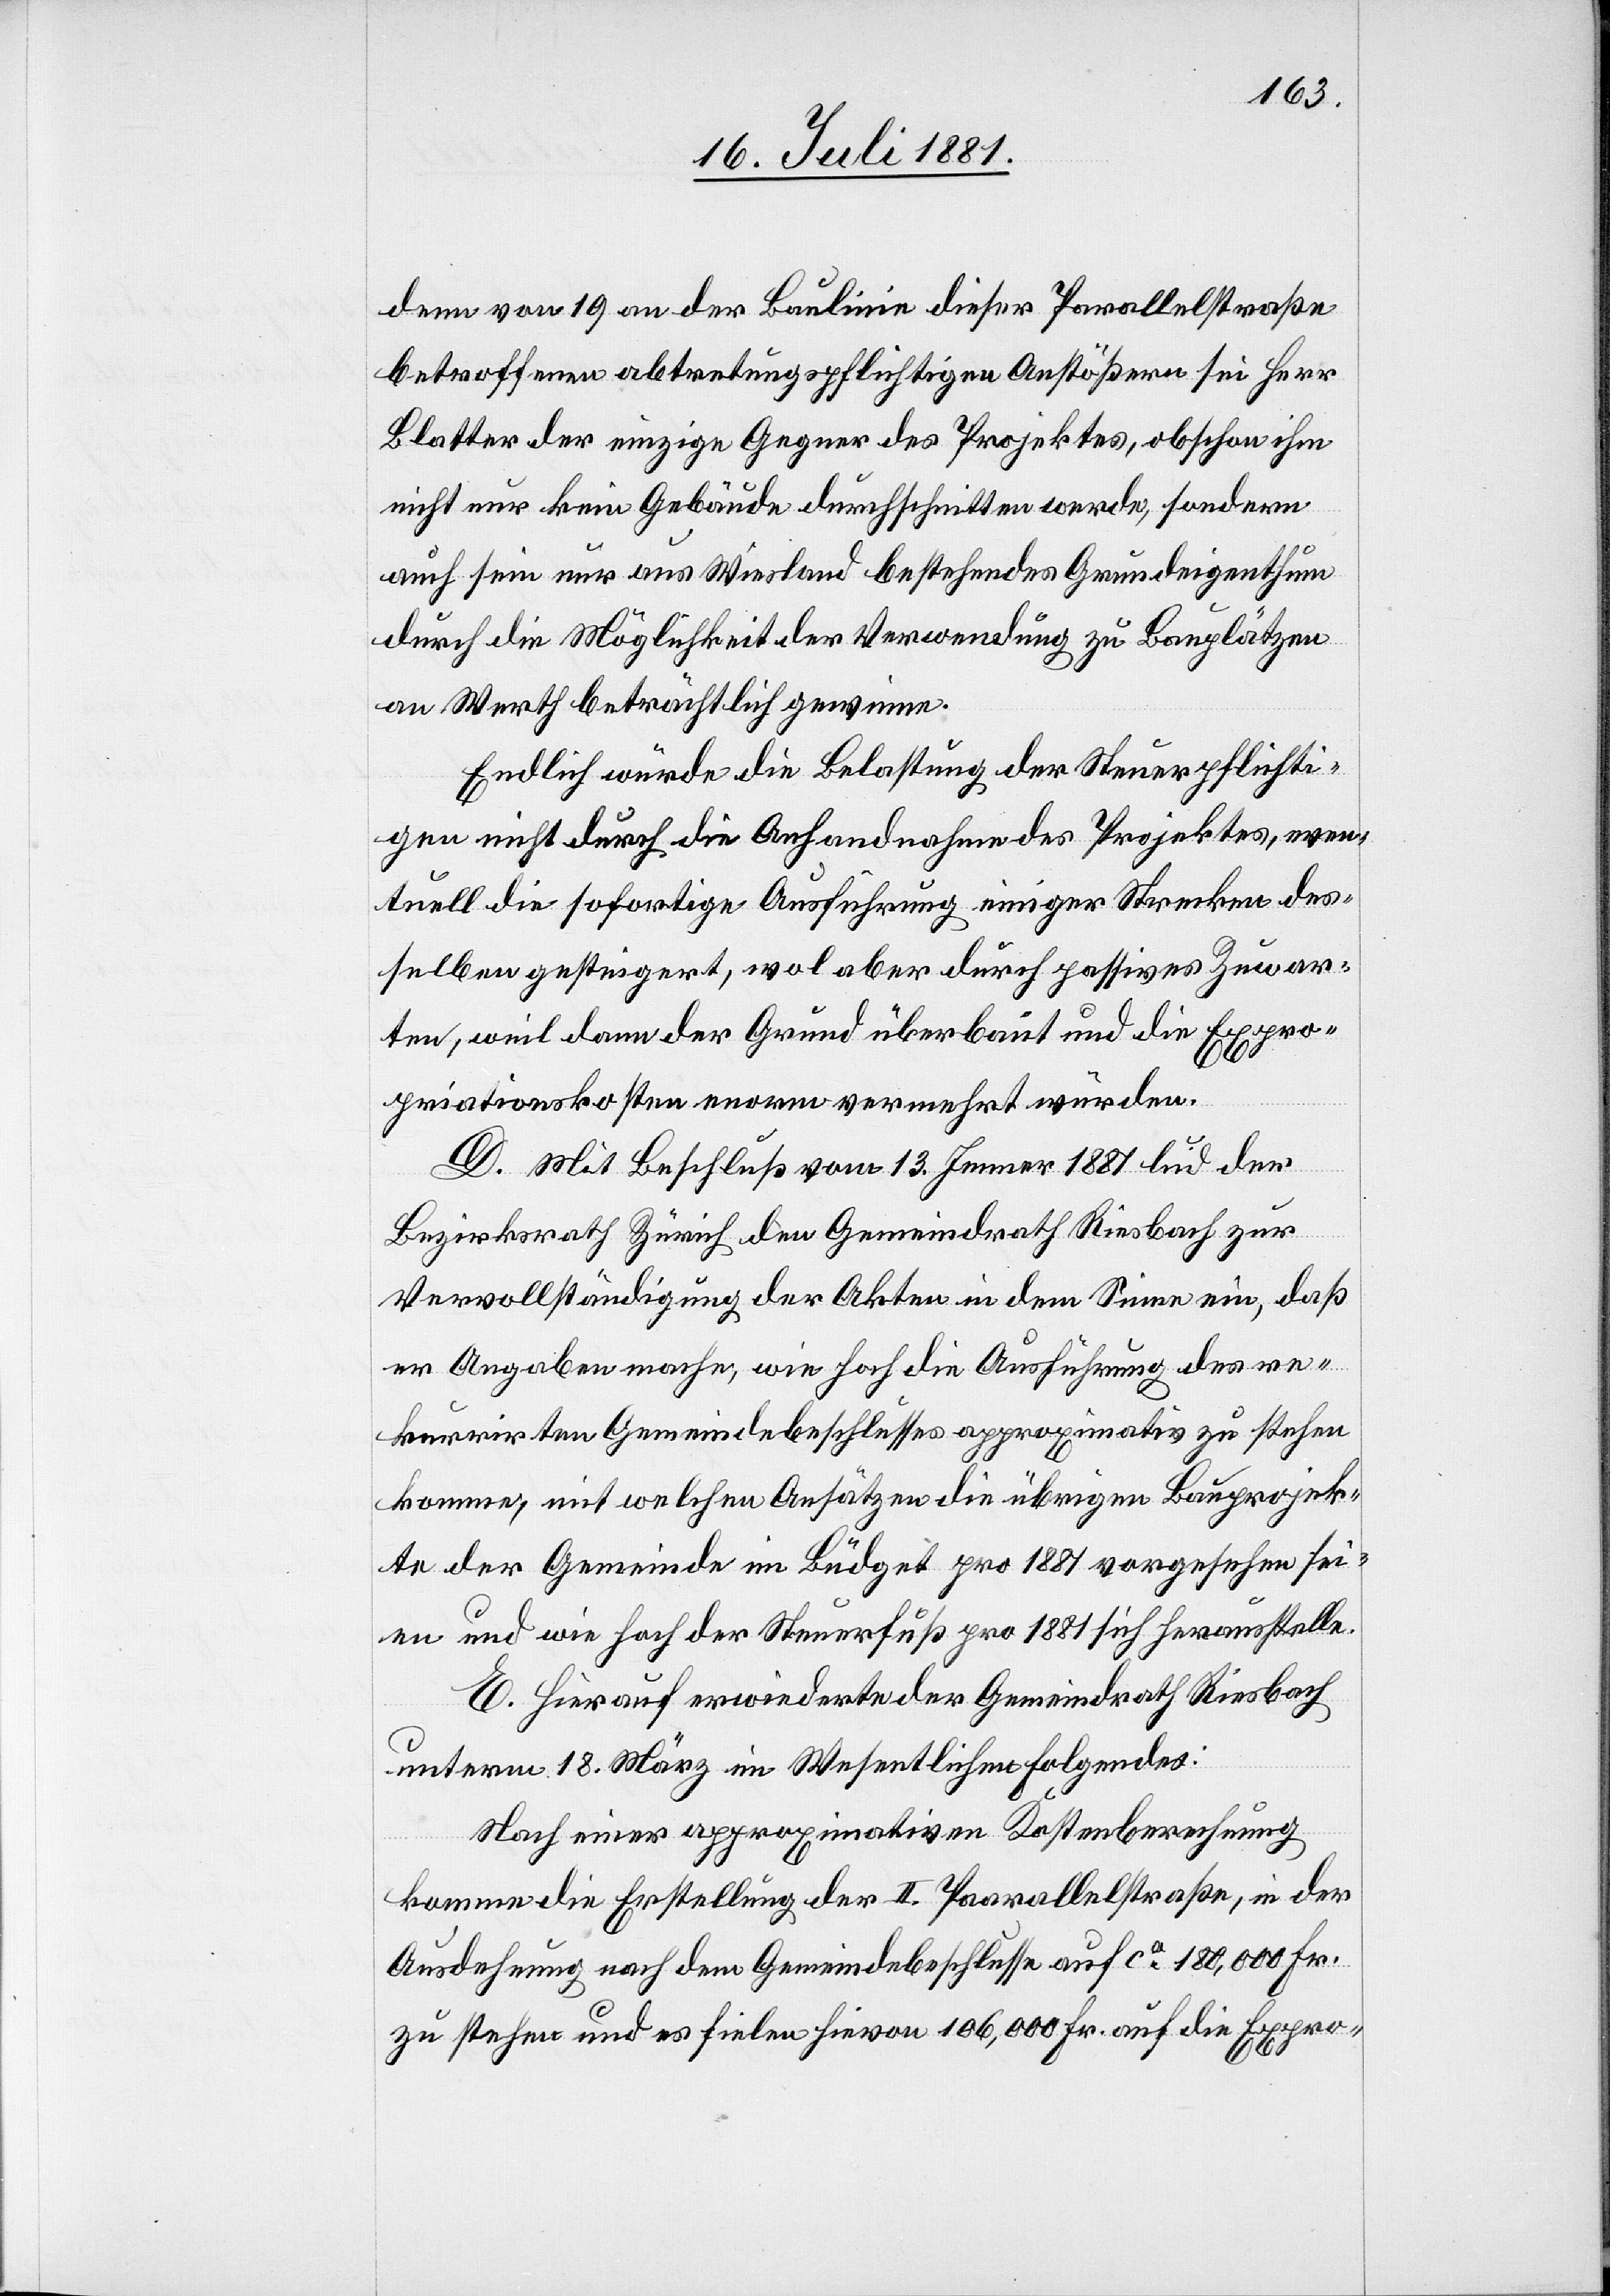
denn von 19 an der Baulinie dieser Parallelstraße
betroffenen abtretungspflichtigen Anstößern sei Herr
Blatter der einzige Gegner des Projektes, obschon ihm
nicht nur kein Gebäude durchschnitten werde, sondern
durch die Möglichkeit der Verwandlung zu Bauplätzen
an Wert beträchtlich gewinne.
Endlich würde die Belastung der Steuerpflichti¬
gen nicht durch die Anhandnahme des Projektes, even¬
tuell die sofortige Ausführung einiger Strecken des¬
selben gesteigert, wol aber durch passives Zuwar¬
ten, weil dann der Grund überbaut und die Expro¬
priationskosten enorm vermehrt würden.
D. Mit Beschluß vom 13. Januar 1881 lud der
Bezirksrath Zürich den Gemeindrath Riesbach zur
Vervollständigung der Akten in dem Sinne ein, daß
er Angaben mache, wie hoch die Ausführung des re¬
kurrirten Gemeindebeschlusses approximativ zu stehen
komme, mit welchen Ansätzen die übrigen Bauprojek¬
te der Gemeinde im Budget pro 1881 vorgesehen sei¬
en und wie hoch der Steuerfuß pro 1881 sich herausstelle.
E. Hierauf erwiederte der Gemeindrath Riesbach
unterm 18. März im Wesentlichen folgendes:
Nach einer approximativen Kostenberechnung
komme die Erstellung der II. Parallelstraße, in der
Ausdehnung nach dem Gemeindebeschlusse auf ca 180,000 Fr.
zu stehen und es fielen hievon 106,000 Fr. auf die Expro-